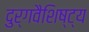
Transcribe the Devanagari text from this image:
दुर्गवैशिष्ट्य